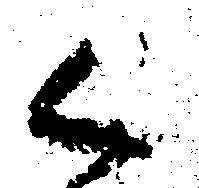
く